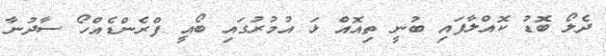
ދެލޯ ބޮޑު ކޮއްލާފައި ބުނީ ތިއޮއް ޅަ އުމުރުގައި ބޯއީ ފްރެންޑެއްހޯ ސާދުނާ